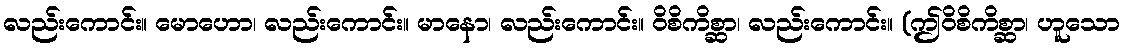
လည်းကောင်း။ မောဟော၊ လည်းကောင်း။ မာနော၊ လည်းကောင်း။ ဝိစိကိစ္ဆာ၊ လည်းကောင်း။ (ဤဝိစိကိစ္ဆာ၊ ဟူသော